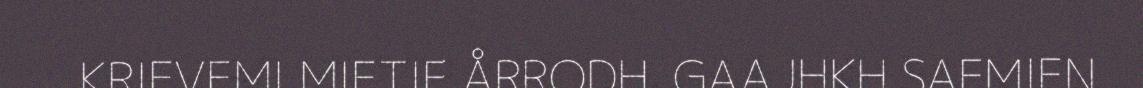
KRIEVEMI MIETIE ÅRRODH. GAAJHKH SAEMIEN